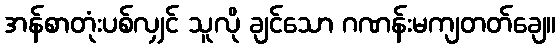
အန်စာတုံးပစ်လျှင် သူလို ချင်သော ဂဏန်းမကျတတ်ချေ။